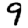
Digit: 9